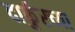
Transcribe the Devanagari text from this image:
दार्फुरच्या